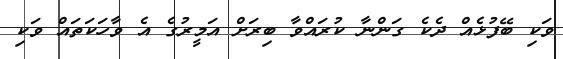
ވަކި ބޭފުޅެއް ދެކެ ގަންނާ ކުރައްވާ ބިރަށް އަމީރުގެ އެ ވާހަކަތައް ވަކި